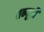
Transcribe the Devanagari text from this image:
तन्दूरी